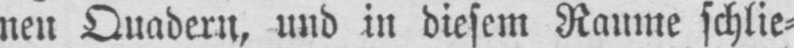
Quadern, und in diesem Raume schlie⸗